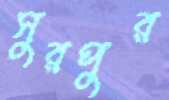
সুরপুর